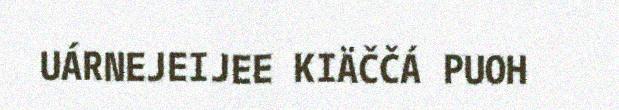
UÁRNEJEIJEE KIÄČČÁ PUOH